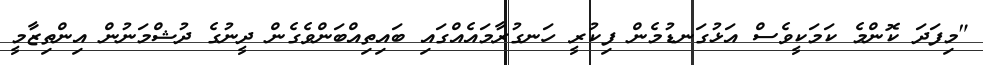
"މިފަދަ ކޮންމެ ކަމަކީވެސް އަޅުގަނޑުމެން ފިކުރީ ހަނގުރާމައެއްގައި ބައިތިއްބަންވެގެން ދީނުގެ ދުޝްމަނުން އިންތިޒާމީ